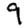
Digit: 9